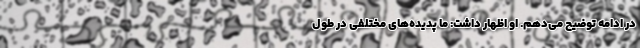
در ادامه توضیح می‌دهم. او اظهار داشت: ما پدیده‌های مختلفی در طول